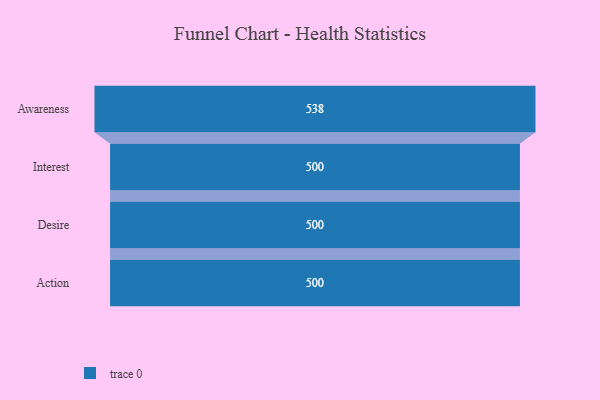
{"axis": {"x": "Stage", "y": "Value"}, "legend": [""], "data": [{"x": "Awareness", "y": 538.0, "type": ""}, {"x": "Interest", "y": 500, "type": ""}, {"x": "Desire", "y": 500, "type": ""}, {"x": "Action", "y": 500, "type": ""}]}